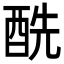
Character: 酰